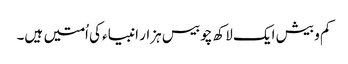
کم و بیش ایک لاکھ چوبیس ہزار انبیاء کی اُمتیں ہیں۔